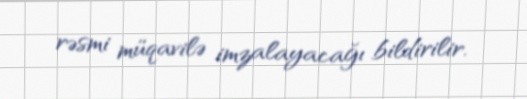
rəsmi müqavilə imzalayacağı bildirilir.